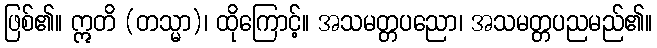
ဖြစ်၏။ ဣတိ (တသ္မာ)၊ ထိုကြောင့်။ အသမတ္တပညော၊ အသမတ္တပညမည်၏။